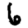
Digit: 6